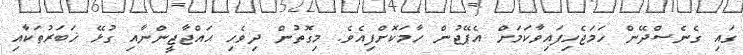
ގައި ގެނެސްދޭން ހަމަޖެހިފައިވާކަމަށް އެޕޭޖުން ހާމަކޮށްފިއެވެ. މިގޮތުން ދިވެހި ޙައްޖާޖީންނާއި ގުޅޭ ޚަބަރުތަކާއި